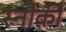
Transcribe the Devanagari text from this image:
स्नौर्की